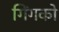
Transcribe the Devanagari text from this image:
गिंगको